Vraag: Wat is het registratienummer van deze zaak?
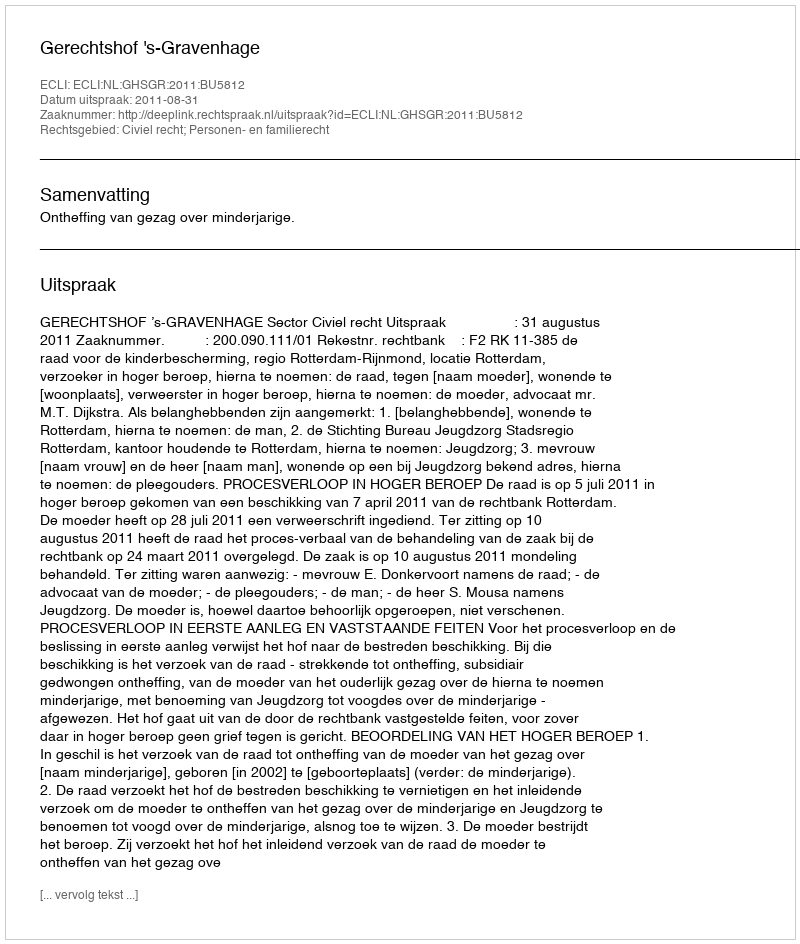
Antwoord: http://deeplink.rechtspraak.nl/uitspraak?id=ECLI:NL:GHSGR:2011:BU5812